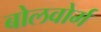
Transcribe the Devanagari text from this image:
बोलवोर्म